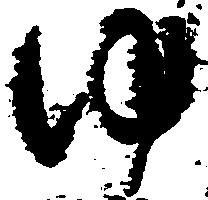
ゆ